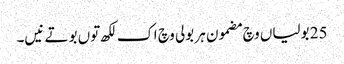
25 بولیاں وچ مضمون ہر بولی وچ اک لکھ توں بوتے نیں۔